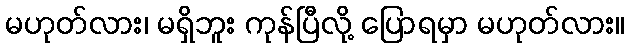
မဟုတ်လား၊ မရှိဘူး ကုန်ပြီလို့ ပြောရမှာ မဟုတ်လား။